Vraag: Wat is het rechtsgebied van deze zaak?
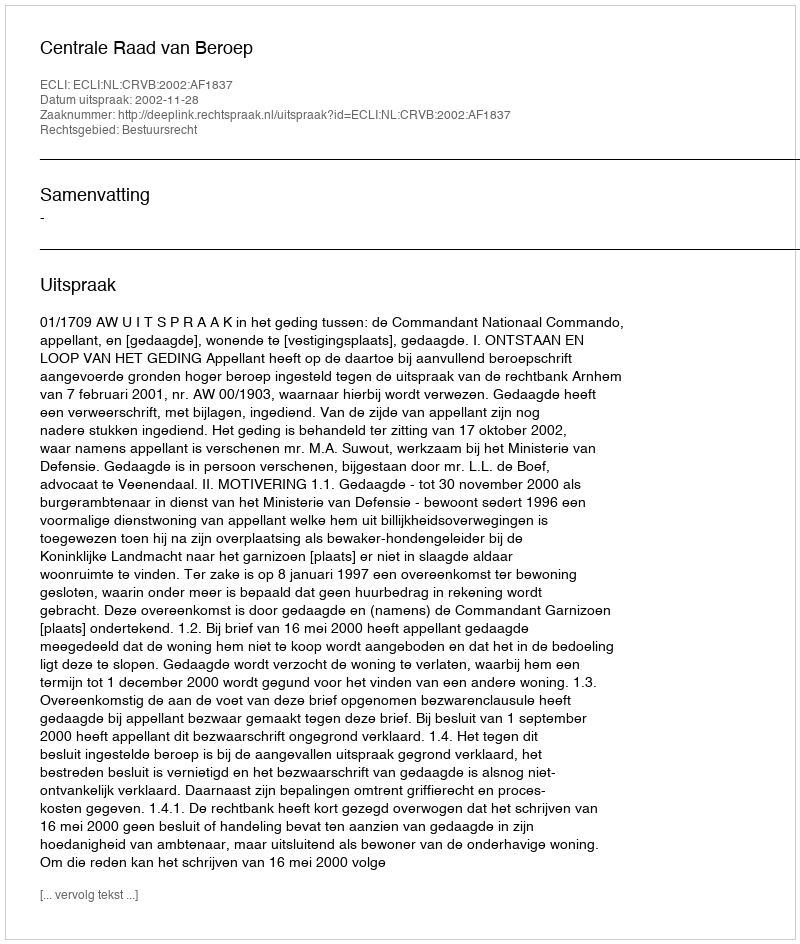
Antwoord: Bestuursrecht